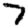
Digit: 7